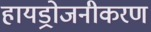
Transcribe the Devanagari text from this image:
हायड्रोजनीकरण